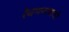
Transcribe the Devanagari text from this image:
रेवणनाथाची